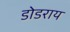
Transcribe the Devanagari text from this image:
डोडराय